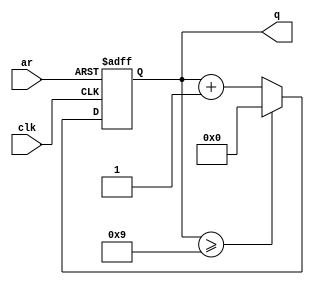

// 4-bit synchronous BCD counter with asynchronous reset
// ctr4.v
// Don M. Gruenbacher
// Feb. 4, 2000

`timescale 100 ns / 1 ns

module ctr_bcd (clk, ar, q);
	input  clk, ar;
	output [3:0] q;
	reg    [3:0] q;


always @ (posedge clk or negedge ar)

	if(~ar)
		q = 4'b0;
	else	
	  if(q >= 4'h9)
		q = 4'b0;
	  else
		q = q + 1;

endmodule